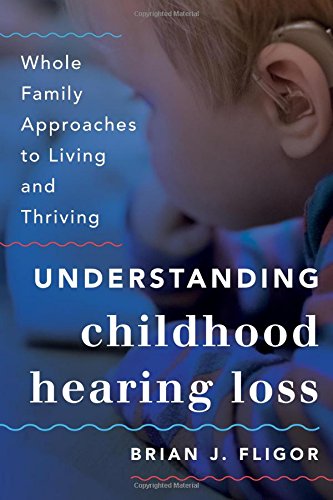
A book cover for Understanding Childhood Hearing Loss: Whole Family Approaches to Living and Thriving (Whole Family Approaches to Childhood Illnesses and Disorders); Brian J. Fligor; Health, Fitness & Dieting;